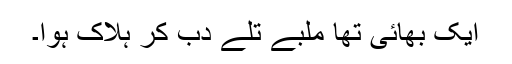
ایک بھائی تھا ملبے تلے دب کر ہلاک ہوا۔